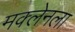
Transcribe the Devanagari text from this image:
मक्लेनला